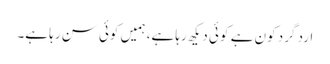
ارد گرد کون ہے کو ئی دیکھ رہا ہے، ہمیں کوئی سن رہا ہے۔